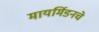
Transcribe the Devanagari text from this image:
मायर्मिडनचे